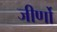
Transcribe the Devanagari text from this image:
जीर्णो